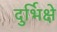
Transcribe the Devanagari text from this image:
दुर्भिक्षे